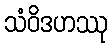
သံဝိဒဟဿု